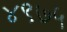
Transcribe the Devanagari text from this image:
४९७५